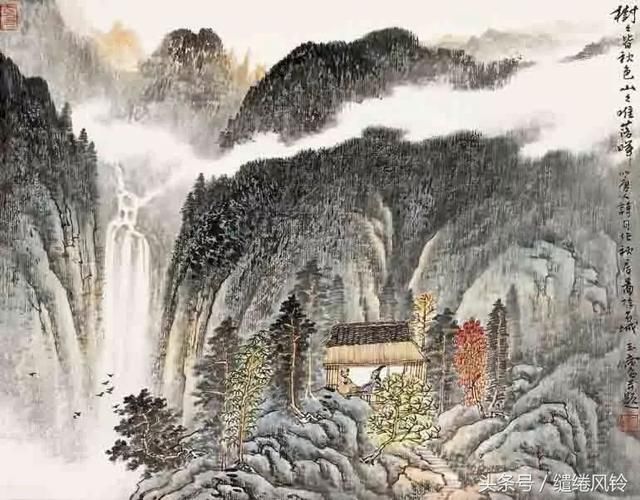
旅馆寒灯独不眠，客心何事转凄然。